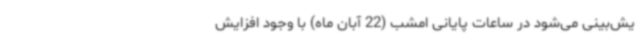
یش‌بینی می‌شود در ساعات پایانی امشب (22 آبان ماه) با وجود افزایش